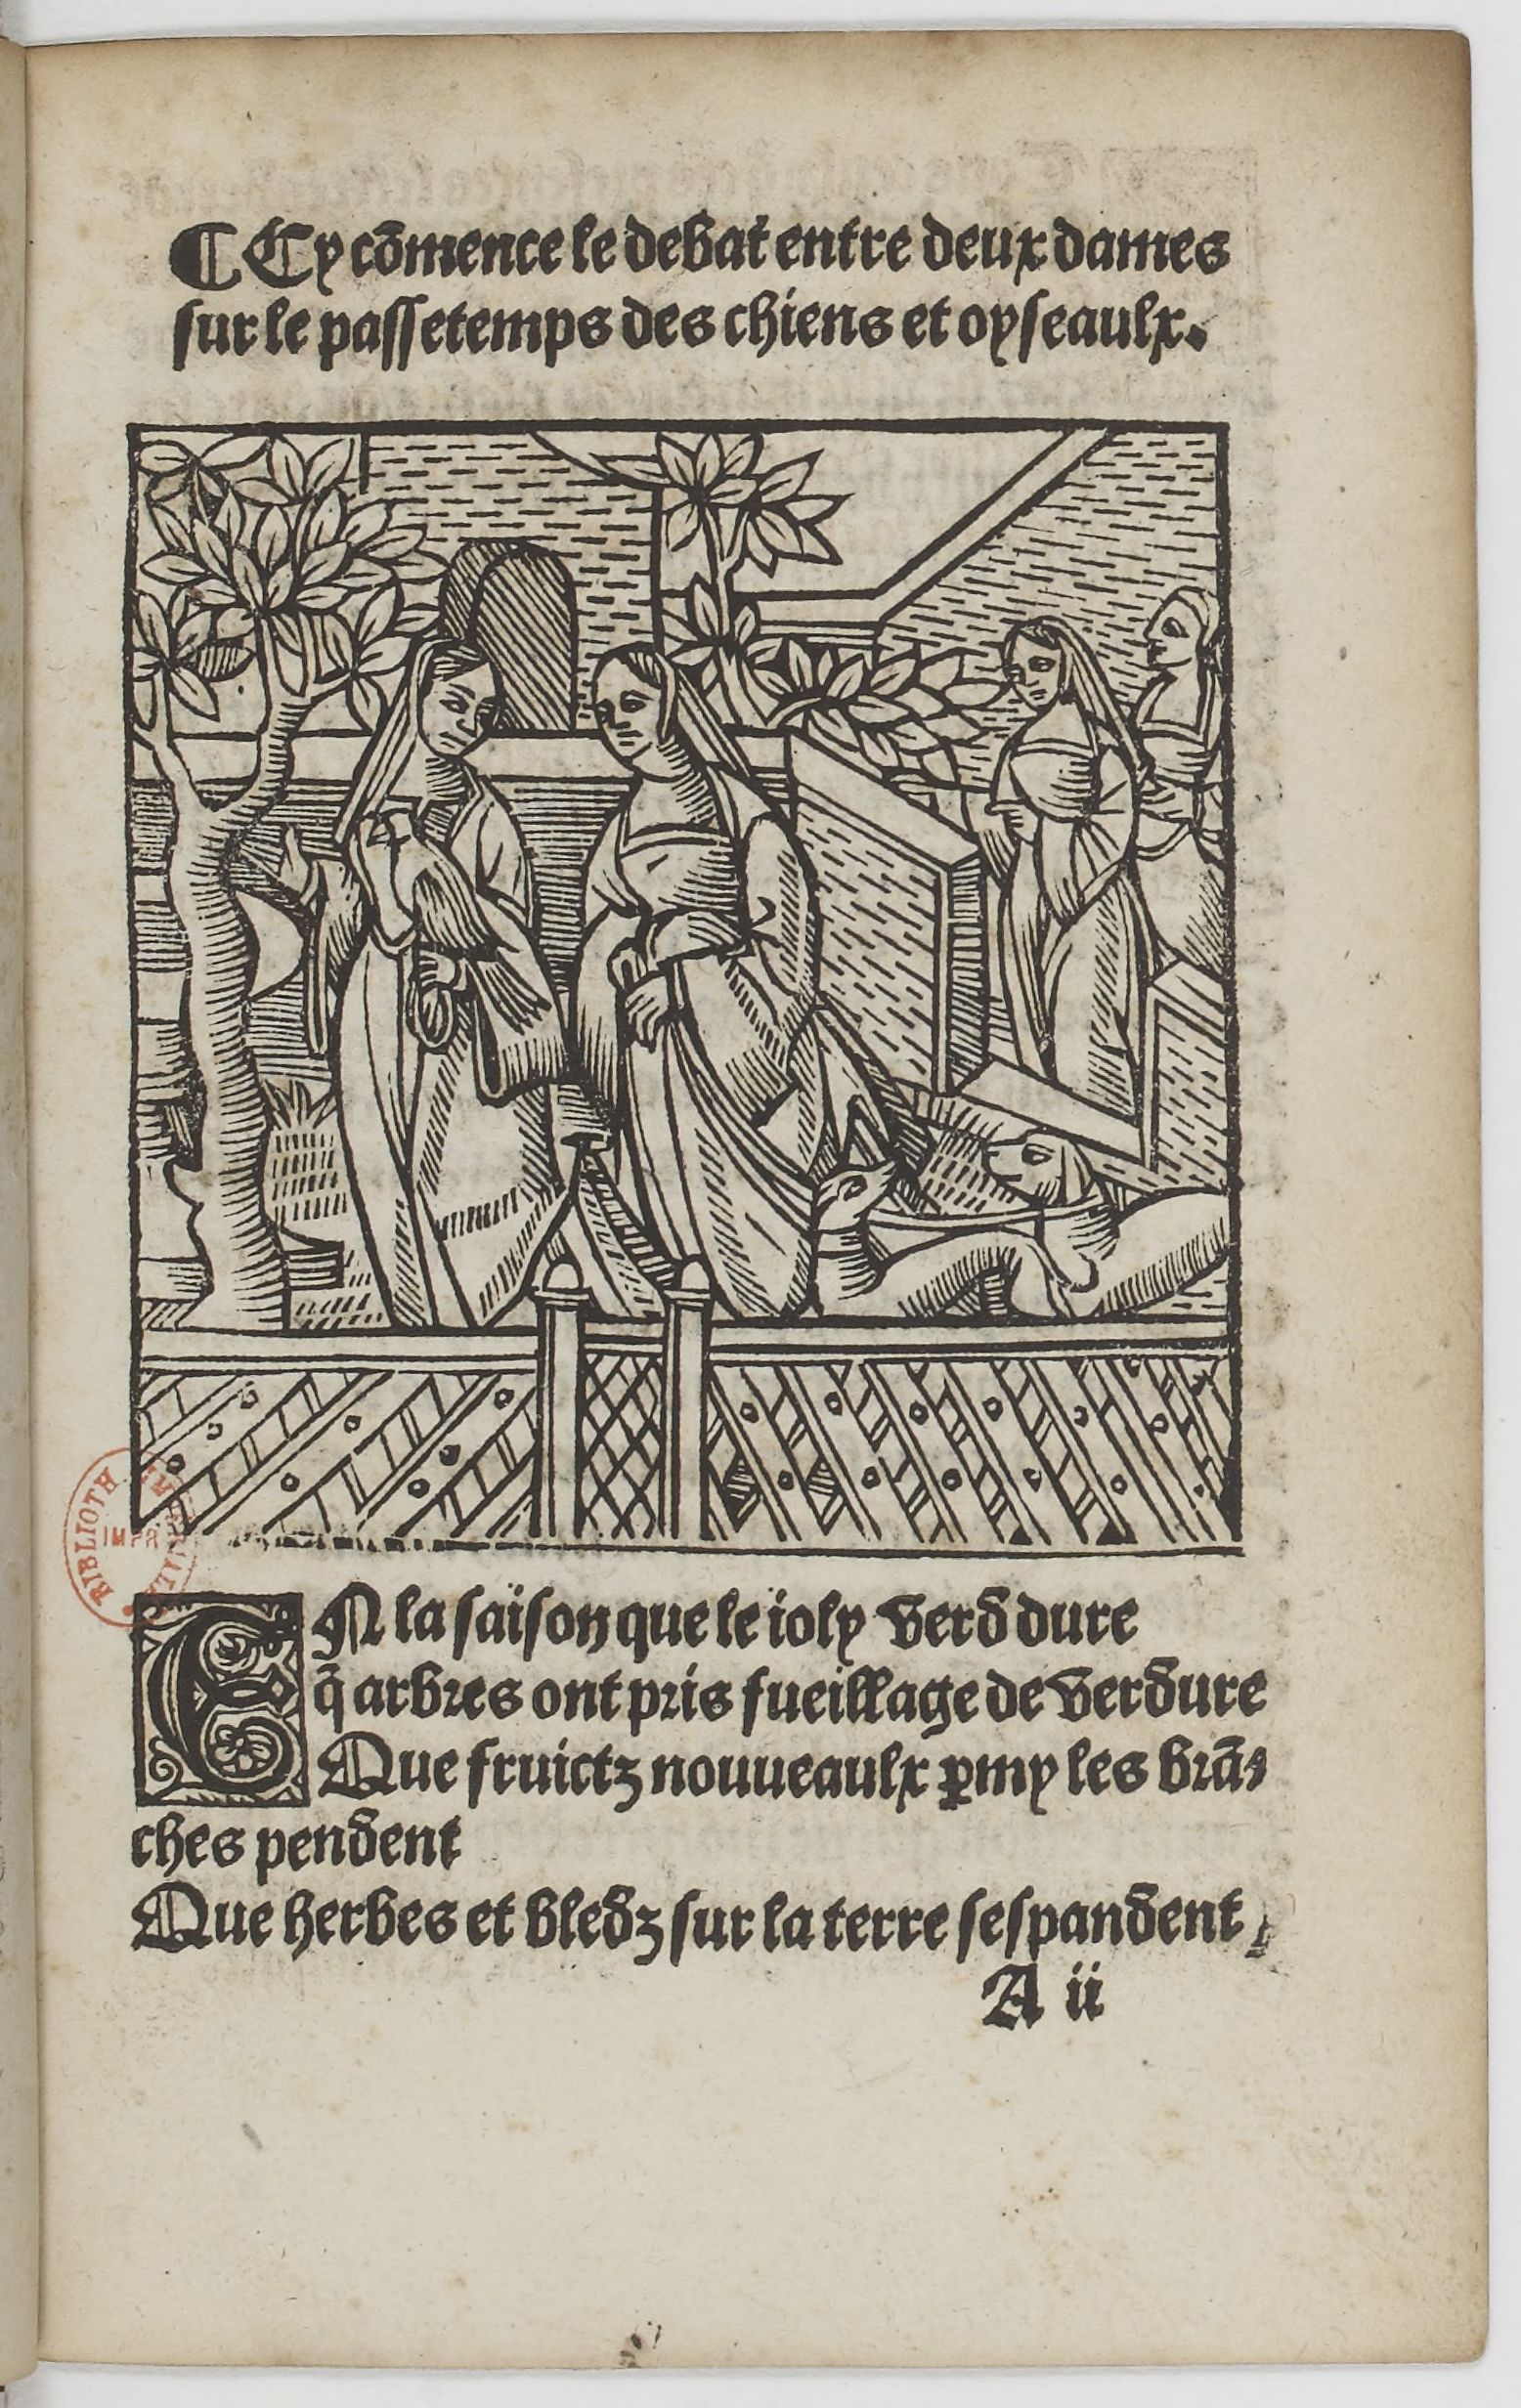
Shelfmark: Paris, BnF, Rés. YE-1395
Century: 16